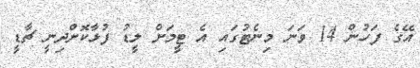
އޭގެ ފަހުން 14 ވަނަ މިނެޓުގައި އެ ޓީމަށް ލީޑު ފުޅާކޮށްދިނީ ޗާޑީ